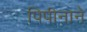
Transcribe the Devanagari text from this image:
पिपीनाने